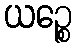
ယဉ္စေ